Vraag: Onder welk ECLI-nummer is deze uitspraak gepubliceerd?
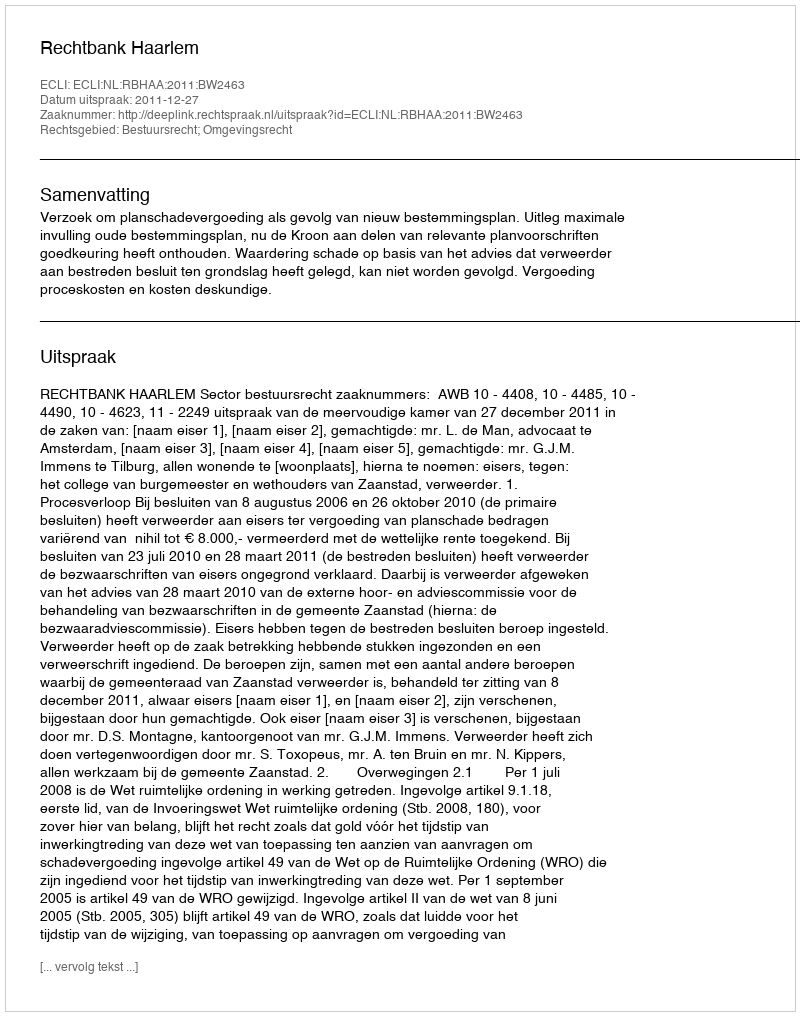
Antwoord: ECLI:NL:RBHAA:2011:BW2463